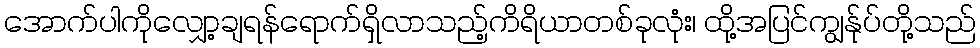
အောက်ပါကိုလျှော့ချရန်ရောက်ရှိလာသည့်ကိရိယာတစ်ခုလုံး၊ ထို့အပြင်ကျွန်ုပ်တို့သည်